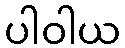
ပါဝါယ